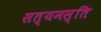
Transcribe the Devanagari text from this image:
सत्यमस्ति